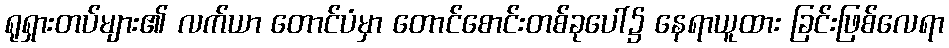
ရုရှားတပ်များ၏ လက်ယာ တောင်ပံမှာ တောင်စောင်းတစ်ခုပေါ်၌ နေရာယူထား ခြင်းဖြစ်လေရာ